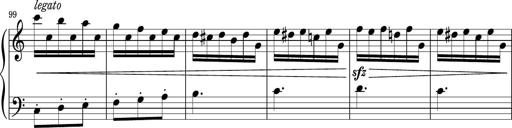
Title: Sonatina PandemÃ³nium
Composer: VÃ­ctor Carbajo
Key: C major